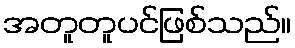
အတူတူပင်ဖြစ်သည်။